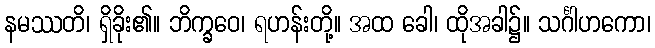
နမဿတိ၊ ရှိခိုး၏။ ဘိက္ခဝေ၊ ရဟန်းတို့။ အထ ခေါ၊ ထိုအခါ၌။ သင်္ဂါဟကော၊